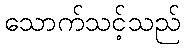
သောက်သင့်သည်